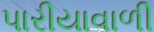
પારીયાવાળી